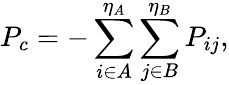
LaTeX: P_{c}=-\sum_{i\in A}^{\eta_{A}}\sum_{j\in B}^{\eta_{B}}{P}_{ij},